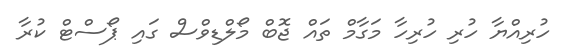
ހުރިއްޔާ ހުރި ހުރިހާ މަގާމް ތައް ޖޮބް މޯލްޑިވްސް ގައި ޕޯސްޓް ކުރާ